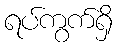
ရပ်ကွက်ရှိ